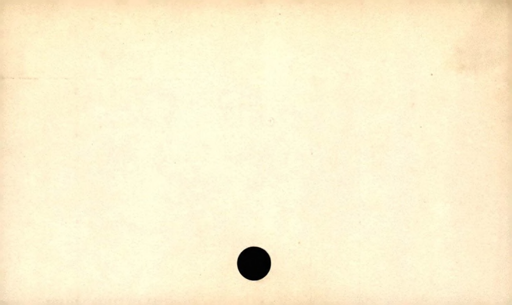
Label: blank